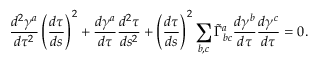
\frac { d ^ { 2 } \gamma ^ { a } } { d \tau ^ { 2 } } \left( \frac { d \tau } { d s } \right) ^ { 2 } + \frac { d \gamma ^ { a } } { d \tau } \frac { d ^ { 2 } \tau } { d s ^ { 2 } } + \left( \frac { d \tau } { d s } \right) ^ { 2 } \sum _ { b , c } \tilde { \Gamma } _ { b c } ^ { a } \frac { d \gamma ^ { b } } { d \tau } \frac { d \gamma ^ { c } } { d \tau } = 0 .